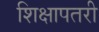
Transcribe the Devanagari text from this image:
शिक्षापतरी